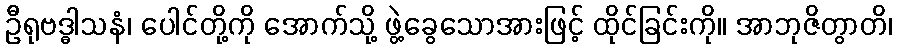
ဦရုဗဒ္ဓါသနံ၊ ပေါင်တို့ကို အောက်သို့ ဖွဲ့ခွေသောအားဖြင့် ထိုင်ခြင်းကို။ အာဘုဇိတွာတိ၊